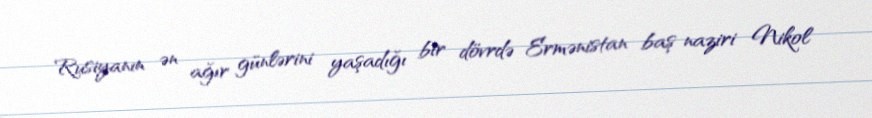
Rusiyanın ən ağır günlərini yaşadığı bir dövrdə Ermənistan baş naziri Nikol